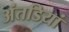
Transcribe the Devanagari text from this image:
अंतडियां